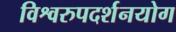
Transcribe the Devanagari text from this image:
विश्वरुपदर्शनयोग